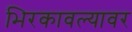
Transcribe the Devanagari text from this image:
भिरकावल्यावर